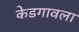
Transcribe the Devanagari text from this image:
केडगावला